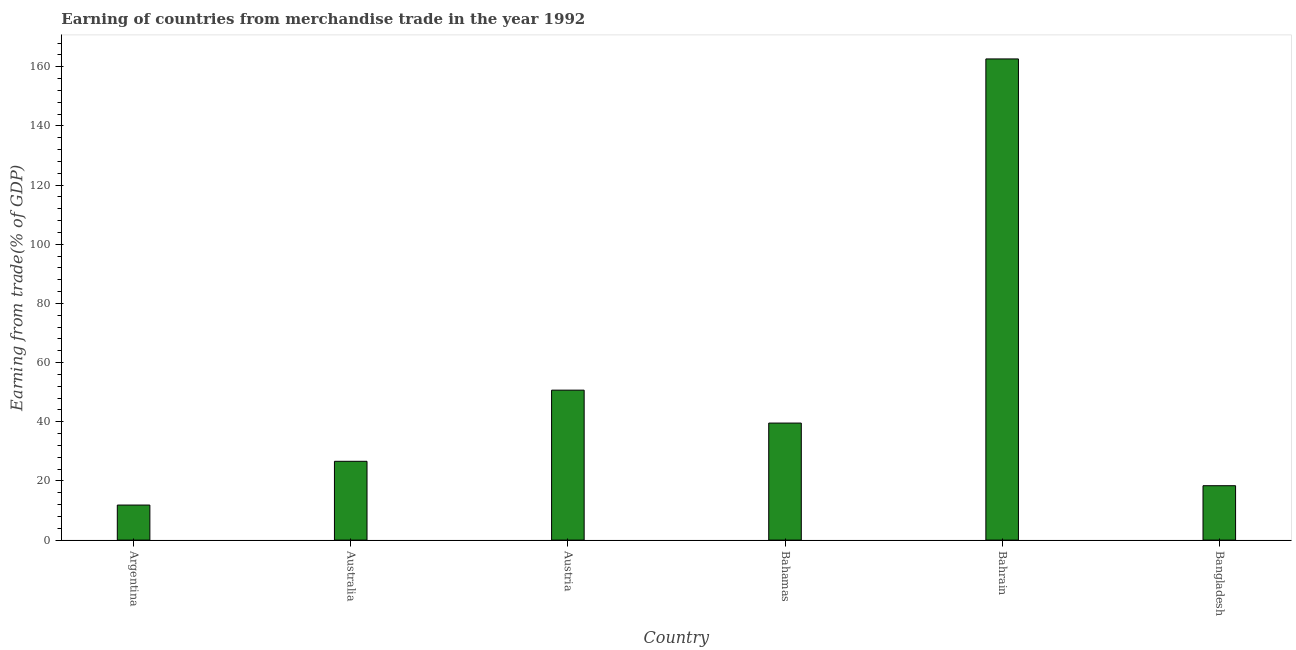
| Country | Merchandise trade |
 | --- | --- |
 | Argentina | 11.8 |
 | Australia | 26.6 |
 | Austria | 50.7 |
 | Bahamas | 39.6 |
 | Bahrain | 163 |
 | Bangladesh | 18.4 |